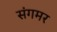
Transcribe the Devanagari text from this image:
संगमर